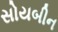
સોયબીન